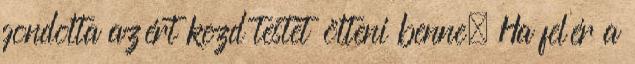
gondolta azért kezd testet ölteni benne. Ha felér a